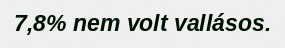
7,8% nem volt vallásos.